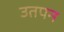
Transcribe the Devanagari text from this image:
उतपन